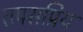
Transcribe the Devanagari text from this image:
तपसप्रिय